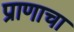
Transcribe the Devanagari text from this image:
प्राणाचा